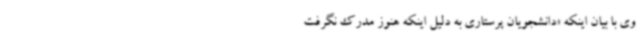
وی با بیان اینکه «دانشجویان پرستاری به دلیل اینکه هنوز مدرک نگرفت